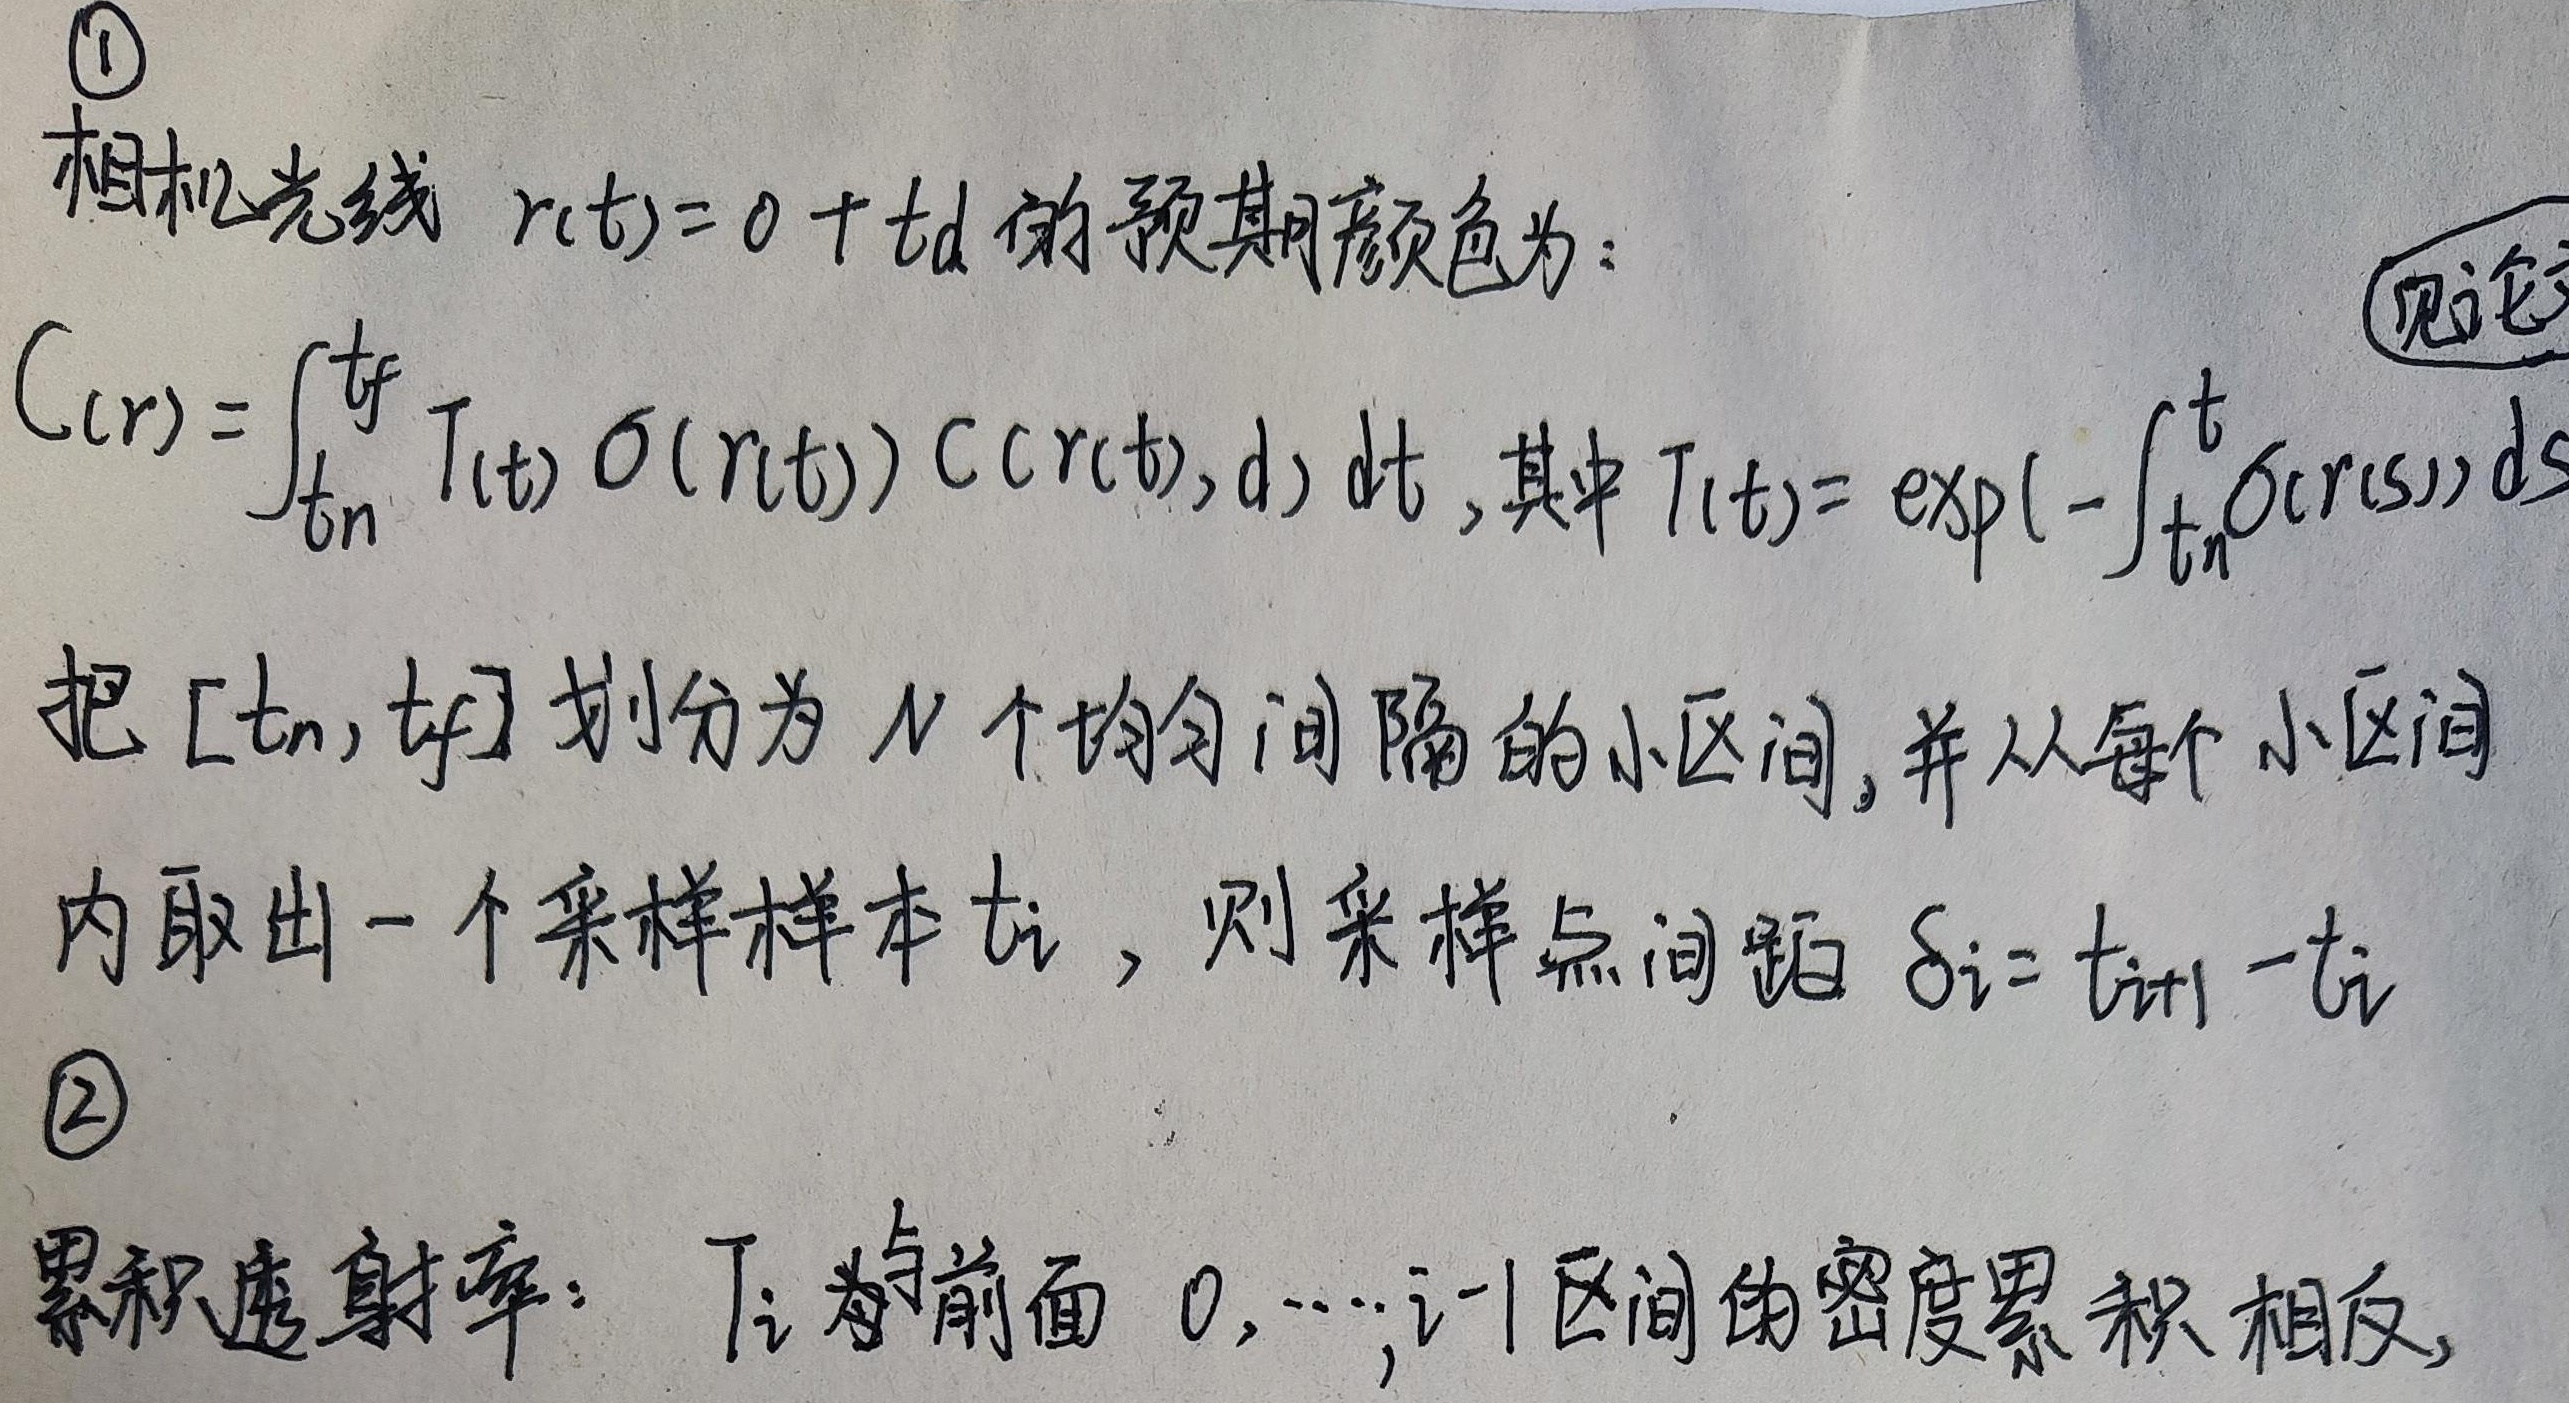
\textcircled{1}相机光线 \(r(t)=o + td\) 的预期颜色为：\(C(r)=\int_{t_n}^{t_f} T(t) \sigma(r(t)) C(r(t),d) \mathrm{d}t\)，其中 \(T(t)= \exp(-\int_{t_n}^{t}\sigma(r(s))\mathrm{d}s)\)。把 \([t_n,t_f]\) 划分为 \(N\) 个均匀间隔的小区间，并从每个小区间内取出一个采样样本 \(t_i\)，则采样点间距 \(\delta_i = t_{i + 1}-t_i\)。
\textcircled{2}累积透射率：\(T_i\) 为前面 \(0,\cdots,i - 1\) 区间的密度累积相反。